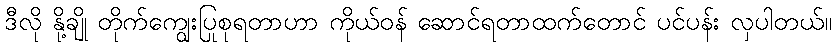
ဒီလို နို့ချို တိုက်ကျွေးပြုစုရတာဟာ ကိုယ်ဝန် ဆောင်ရတာထက်တောင် ပင်ပန်း လှပါတယ်။